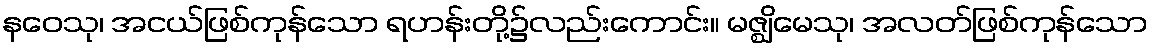
နဝေသု၊ အငယ်ဖြစ်ကုန်သော ရဟန်းတို့၌လည်းကောင်း။ မဇ္ဈိမေသု၊ အလတ်ဖြစ်ကုန်သော